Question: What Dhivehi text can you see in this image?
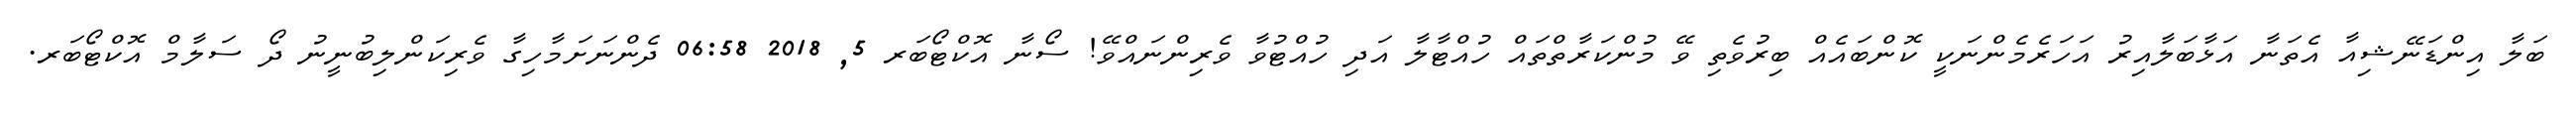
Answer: ބަލާ އިންޑަނޭޝިއާ އެތަނާ އަޅާބަލާއިރު އަހަރެމެންނަކީ ކޮންބައެއް ބިރުވެތި ވޭ މުންކަރާތްތައް ހުއްޓާލާ އަދި ހުއްޓުވާ ވެރިންނައްވޭ! ސޯނާ އޮކްޓޯބަރ 5, 2018 06:58 ދެންނަށަމާހިގާ ވެރިކަންލިބުނީނު ދޯ ސަލާމް އޮކްޓޯބަރ.